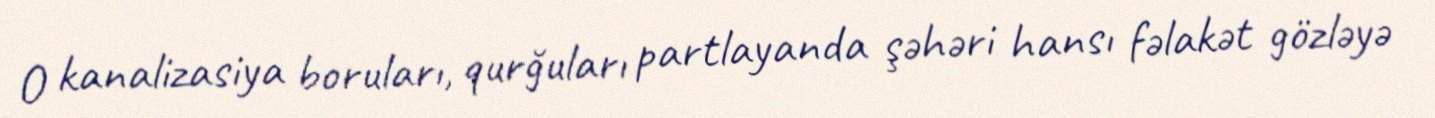
O kanalizasiya boruları, qurğuları partlayanda şəhəri hansı fəlakət gözləyə